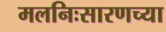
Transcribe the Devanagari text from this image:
मलनिःसारणच्या